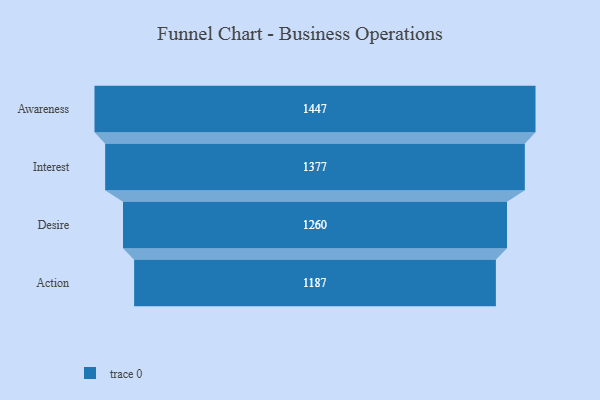
{"axis": {"x": "Stage", "y": "Value"}, "legend": [""], "data": [{"x": "Awareness", "y": 1447.0, "type": ""}, {"x": "Interest", "y": 1377.0, "type": ""}, {"x": "Desire", "y": 1260.0, "type": ""}, {"x": "Action", "y": 1187.0, "type": ""}]}